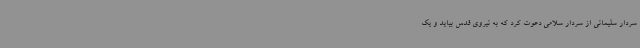
سردار سلیمانی از سردار سلامی‌ دعوت کرد که به نیروی قدس بیاید و یک